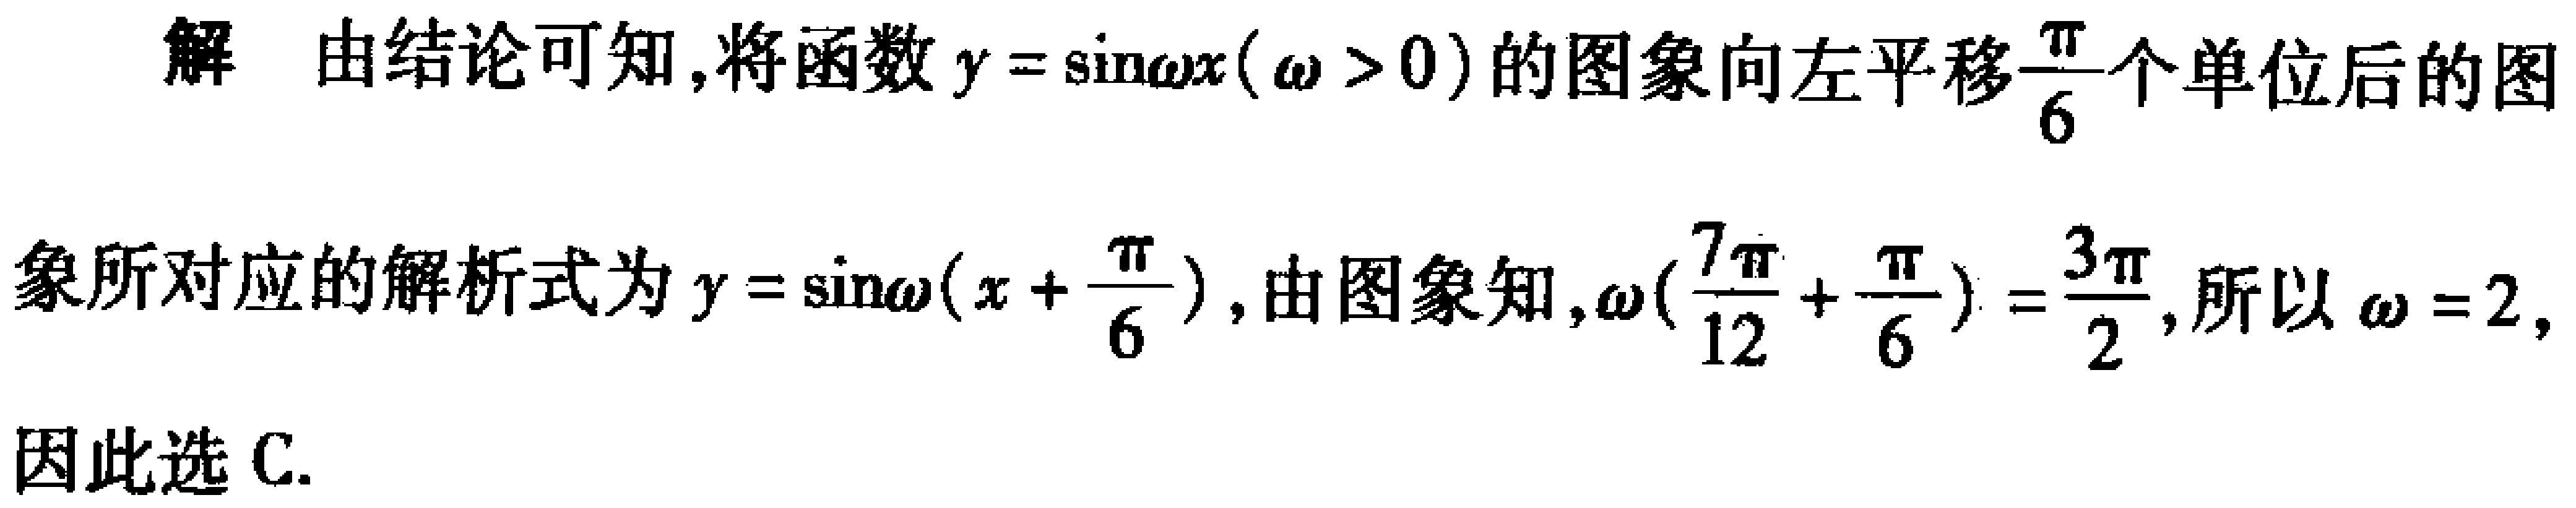
解 由结论可知,将函数\(y = \sin\omega x(\omega > 0)\)的图象向左平移\(\frac{\pi}{6}\)个单位后的图
象所对应的解析式为\(y = \sin\omega(x + \frac{\pi}{6})\),由图象知,\(\omega(\frac{7\pi}{12} + \frac{\pi}{6}) = \frac{3\pi}{2}\),所以\(\omega = 2\),
因此选 C.